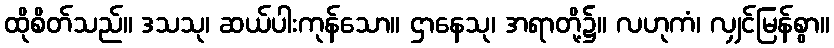
ထိုစိတ်သည်။ ဒသသု၊ ဆယ်ပါးကုန်သော။ ဌာနေသု၊ အရာတို့၌။ လဟုကံ၊ လျှင်မြန်စွာ။